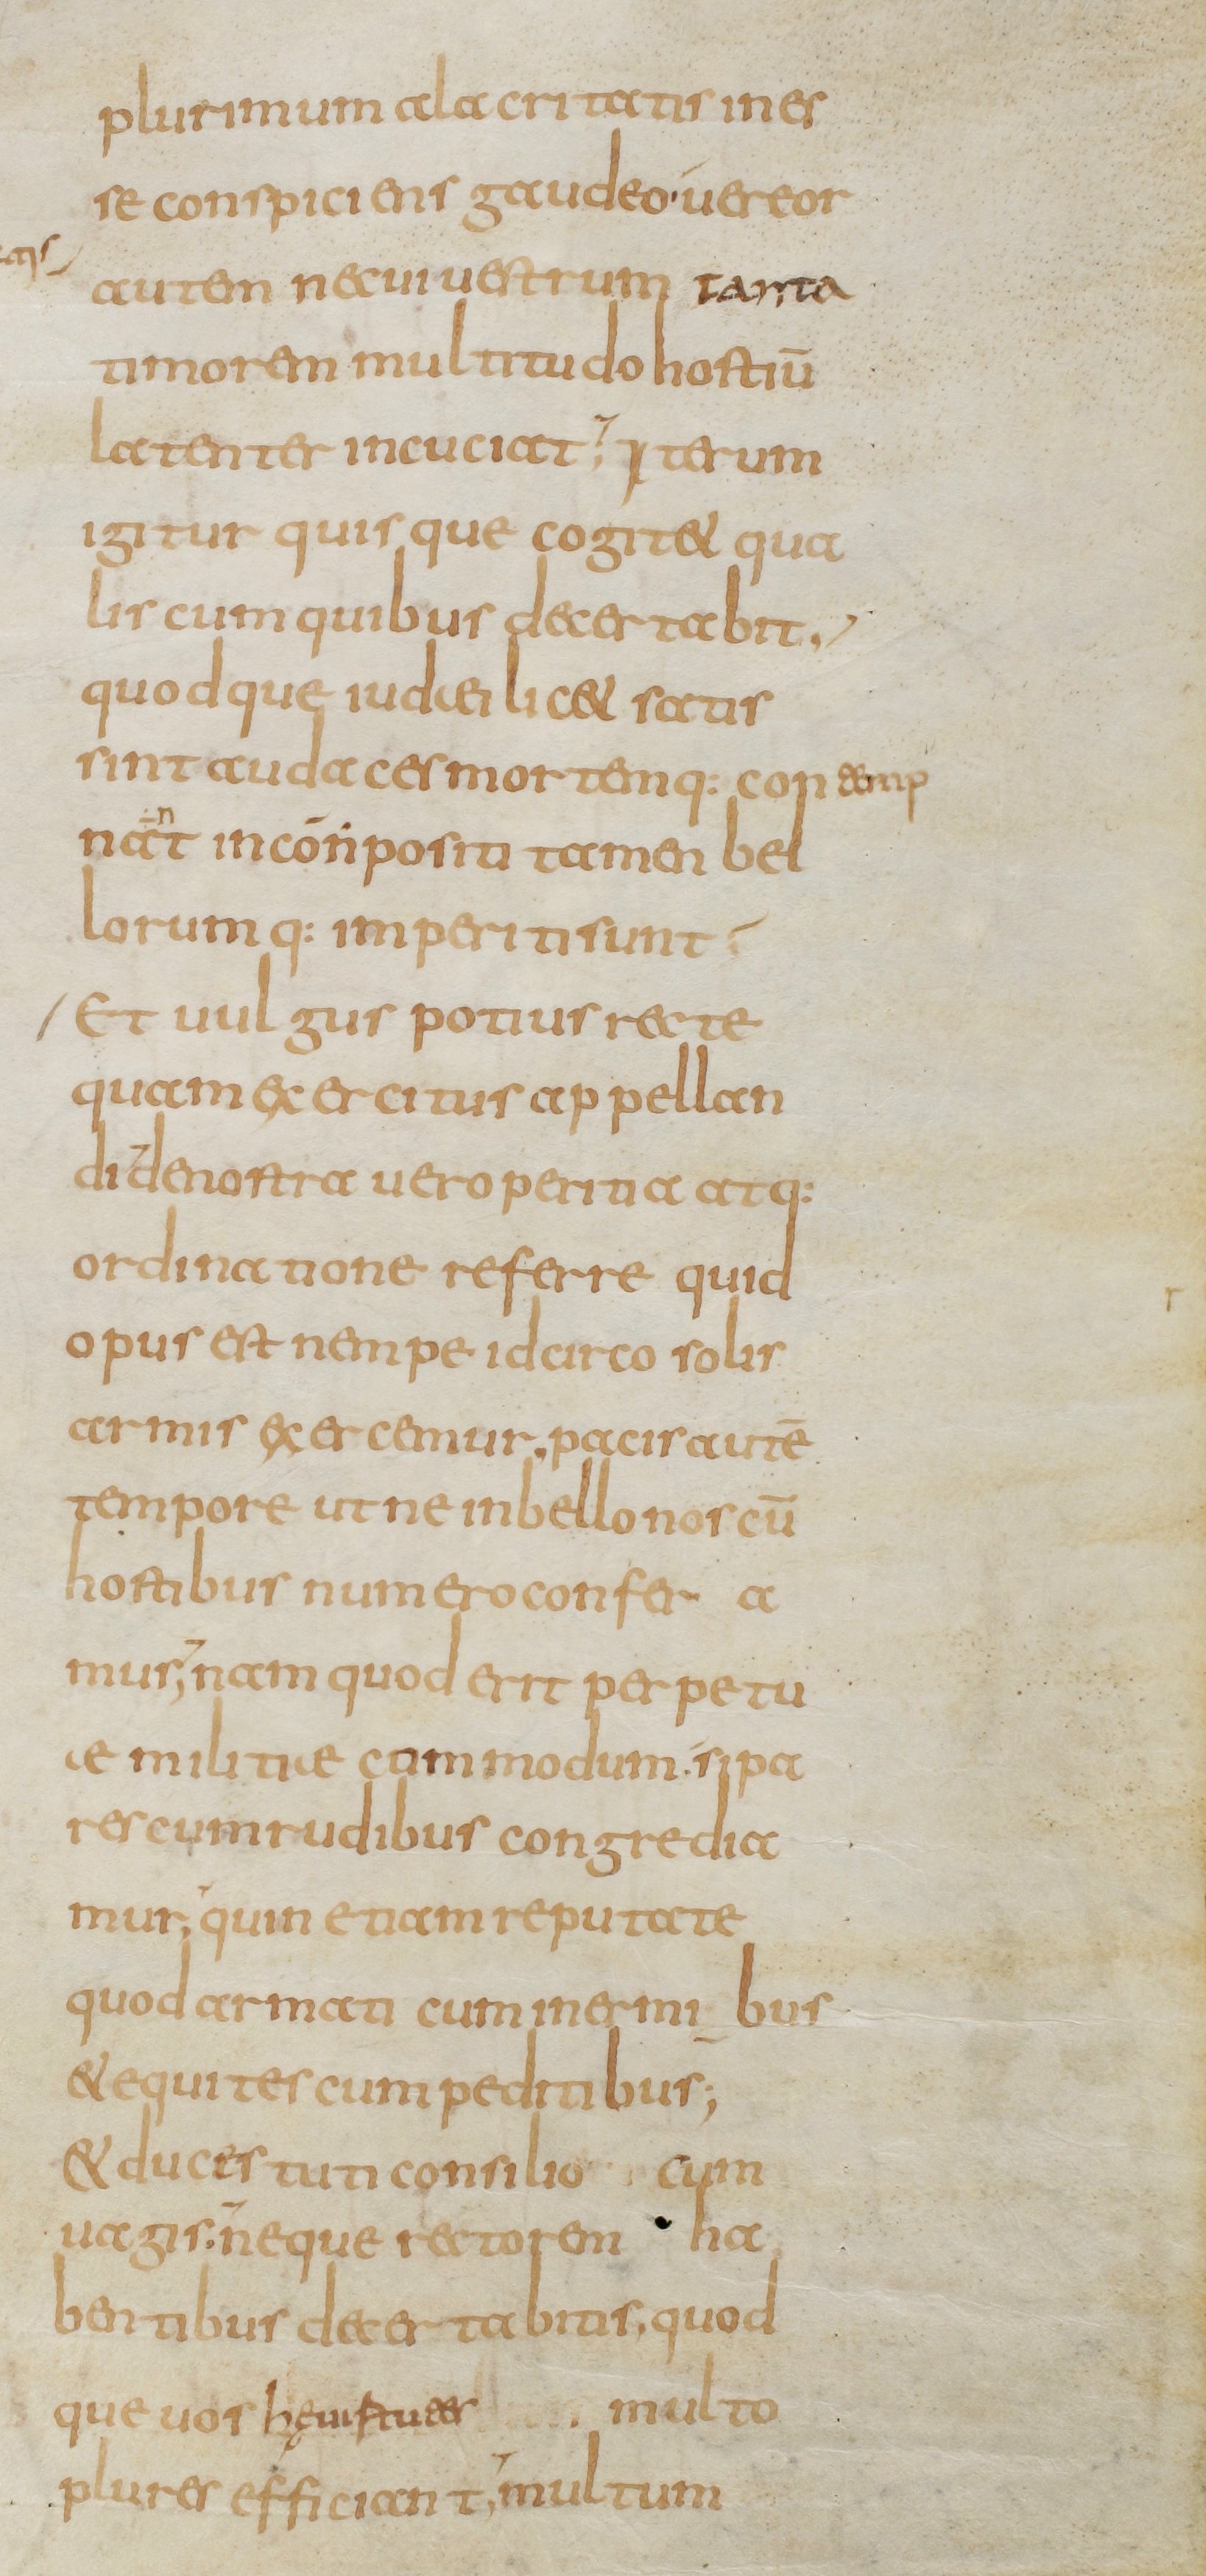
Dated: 800–849